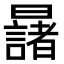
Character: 𣌆